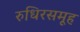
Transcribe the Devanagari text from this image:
रुधिरसमूह